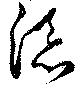
添